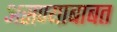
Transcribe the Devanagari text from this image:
असण्याबाबत